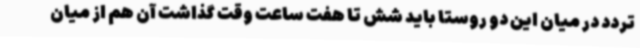
تردد در میان این دو روستا باید شش تا هفت ساعت وقت گذاشت آن هم از میان